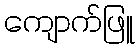
ကျောက်ဖြူ